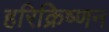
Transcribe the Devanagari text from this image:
हरिक्रिष्णन